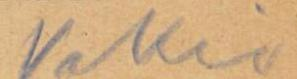
Vakio